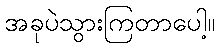
အခုပဲသွားကြတာပေါ့။